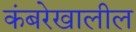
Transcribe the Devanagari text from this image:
कंबरेखालील